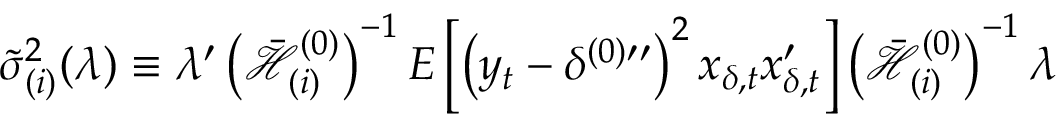
\tilde { \sigma } _ { ( i ) } ^ { 2 } ( \lambda ) \equiv \lambda ^ { \prime } \left( \mathcal { \bar { H } } _ { ( i ) } ^ { ( 0 ) } \right) ^ { - 1 } E \left[ \left( y _ { t } - \delta ^ { ( 0 ) \prime \prime } \right) ^ { 2 } x _ { \delta , t } x _ { \delta , t } ^ { \prime } \right] \left( \mathcal { \bar { H } } _ { ( i ) } ^ { ( 0 ) } \right) ^ { - 1 } \lambda